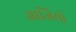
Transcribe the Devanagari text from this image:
आजियो